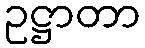
ဥဋ္ဌာတာ